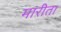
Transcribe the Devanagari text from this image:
मारीता